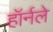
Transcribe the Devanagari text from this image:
हॉर्नले